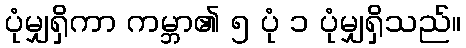
ပုံမျှရှိကာ ကမ္ဘာ၏ ၅ ပုံ ၁ ပုံမျှရှိသည်။